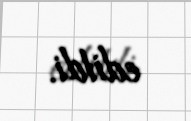
edildi.